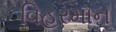
વિહરમાન